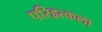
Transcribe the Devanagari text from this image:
परिहृत्कला